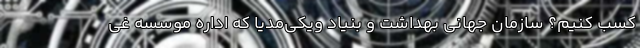
کسب کنیم؟ سازمان جهانی بهداشت و بنیاد ویکی‌مدیا که اداره موسسه غی